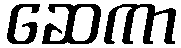
ဆေကာ